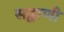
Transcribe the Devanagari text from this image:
सद्वाणी